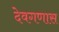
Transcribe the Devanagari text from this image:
देवगणास